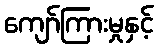
ကျော်ကြားမှုနှင့်